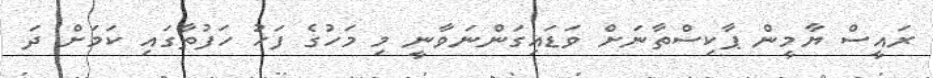
ރައީސް ޔާމީން ޕާކިސްތާނަަށް ވަޑައިގަންނަވާނީ މި މަހުގެ ފަހު ހަފުތާގައި ކަމަށް ދަ